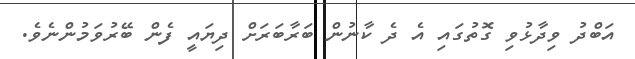
އަބްދު ވިދާޅުވި ގޮތުގައި އެ ދެ ކާނުން ބަރާބަރަށް ދިޔައީ ފެން ބޭރުވަމުންނެވެ.